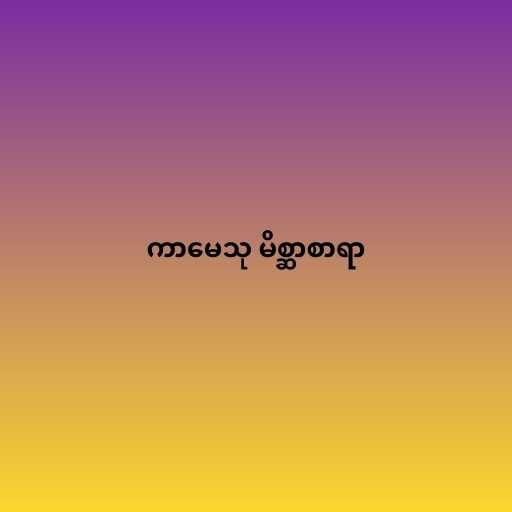
ကာမေသု မိစ္ဆာစာရာ